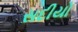
સદીયો